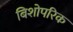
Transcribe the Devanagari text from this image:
बिशोपरिक